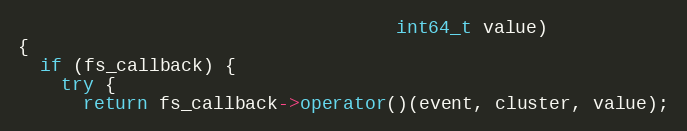
Language: C++
                                   int64_t value)
{
  if (fs_callback) {
    try {
      return fs_callback->operator()(event, cluster, value);